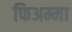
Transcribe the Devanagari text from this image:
फिअम्मा